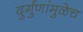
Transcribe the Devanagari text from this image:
दुर्गुणांमुळेच